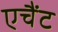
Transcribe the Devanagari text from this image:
एचैंट